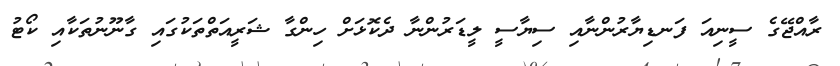
ރާއްޖޭގެ ސީނިއަ ފަނޑިޔާރުންނާއި ސިޔާސީ ލީޑަރުންނާ ދެކޮޅަށް ހިންގާ ޝަރީއަތްތަކުގައި ގާނޫނުތަކާއި ކޯޓު